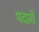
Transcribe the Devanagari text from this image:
पदार्थे